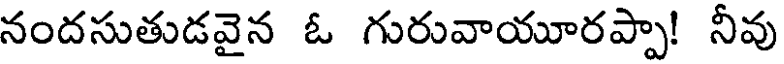
నందసుతుడవైన ఓ గురువాయూరప్పా! నీవు